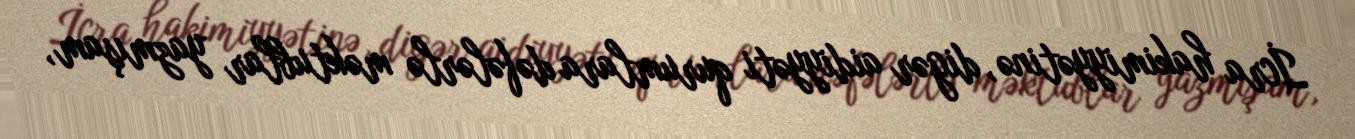
İcra hakimiyyətinə, digər aidiyyəti qurumlara dəfələrlə məktublar yazmışam,